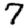
Digit: 7